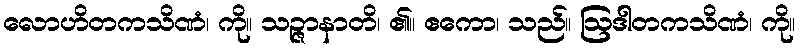
လောဟိတကသိဏံ၊ ကို။ သဉ္ဇာနာတိ၊ ၏။ ဧကော၊ သည်။ ဩဒါတကသိဏံ၊ ကို။